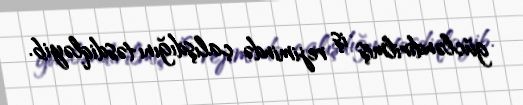
gücləndirilmiş iş rejimində çalışdığını təsdiqləyib.